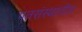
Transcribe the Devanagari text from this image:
पतसंस्थांतील